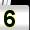
Digit: 5